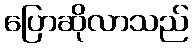
ပြောဆိုလာသည်